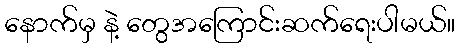
နောက်မှ နဲ့ တွေအကြောင်းဆက်ရေးပါမယ်။